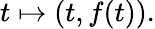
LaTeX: t\mapsto(t,f(t)).